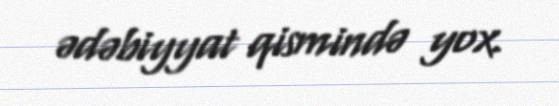
ədəbiyyat qismində yox.